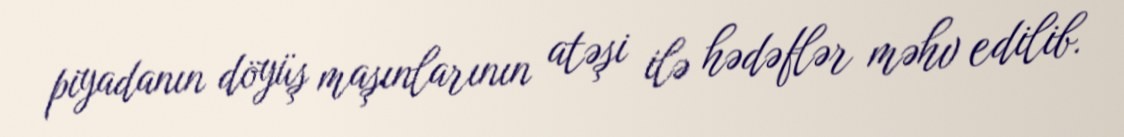
piyadanın döyüş maşınlarının atəşi ilə hədəflər məhv edilib.